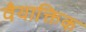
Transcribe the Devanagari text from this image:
वैयाक्तिक